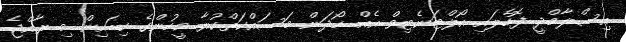
އިސްލާމްދީ ފޮހެލައި އޯލްޓަނެޓިވް އެއް ހޯދަން މަސައްކަތްކުރާ މީހުންގެ ކިބައިން މި ރާއްޖެ